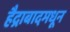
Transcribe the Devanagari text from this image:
हैद्राबादमधून